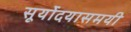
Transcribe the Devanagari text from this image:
सूर्योदयासमयी